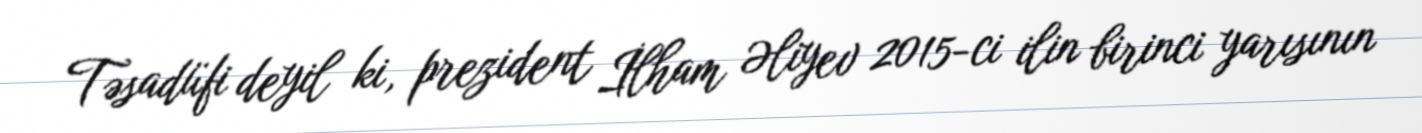
Təsadüfi deyil ki, prezident İlham Əliyev 2015-ci ilin birinci yarısının